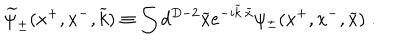
\widetilde { \psi } _ { \pm } ( x ^ { + } , x ^ { - } , \widetilde { k } ) \equiv \int d ^ { D - 2 } \widetilde { x } e ^ { - i \widetilde { k } \cdot \widetilde { x } } \psi _ { \pm } ( x ^ { + } , x ^ { - } , \widetilde { x } ) \; .